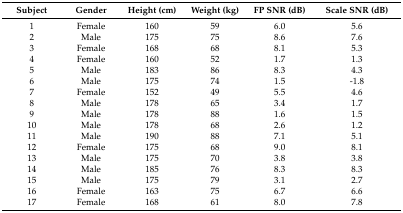
<table><thead><tr><td><b>Subject</b></td><td><b>Gender</b></td><td><b>Height (cm)</b></td><td><b>Weight (kg)</b></td><td><b>FP SNR (dB)</b></td><td><b>Scale SNR (dB)</b></td></tr></thead><tbody><tr><td>1</td><td>Female</td><td>160</td><td>59</td><td>6.0</td><td>5.6</td></tr><tr><td>2</td><td>Male</td><td>175</td><td>75</td><td>8.6</td><td>7.6</td></tr><tr><td>3</td><td>Female</td><td>168</td><td>68</td><td>8.1</td><td>5.3</td></tr><tr><td>4</td><td>Female</td><td>160</td><td>52</td><td>1.7</td><td>1.3</td></tr><tr><td>5</td><td>Male</td><td>183</td><td>86</td><td>8.3</td><td>4.3</td></tr><tr><td>6</td><td>Male</td><td>175</td><td>74</td><td>1.5</td><td>-1.8</td></tr><tr><td>7</td><td>Female</td><td>152</td><td>49</td><td>5.5</td><td>4.6</td></tr><tr><td>8</td><td>Male</td><td>178</td><td>65</td><td>3.4</td><td>1.7</td></tr><tr><td>9</td><td>Male</td><td>178</td><td>88</td><td>1.6</td><td>1.5</td></tr><tr><td>10</td><td>Male</td><td>178</td><td>68</td><td>2.6</td><td>1.2</td></tr><tr><td>11</td><td>Male</td><td>190</td><td>88</td><td>7.1</td><td>5.1</td></tr><tr><td>12</td><td>Female</td><td>175</td><td>68</td><td>9.0</td><td>8.1</td></tr><tr><td>13</td><td>Male</td><td>175</td><td>70</td><td>3.8</td><td>3.8</td></tr><tr><td>14</td><td>Male</td><td>185</td><td>76</td><td>8.3</td><td>8.3</td></tr><tr><td>15</td><td>Male</td><td>175</td><td>79</td><td>3.1</td><td>2.7</td></tr><tr><td>16</td><td>Female</td><td>163</td><td>75</td><td>6.7</td><td>6.6</td></tr><tr><td>17</td><td>Female</td><td>168</td><td>61</td><td>8.0</td><td>7.8</td></tr></tbody></table>